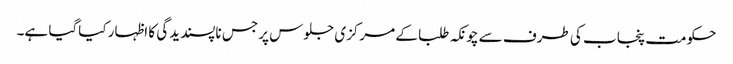
حکومت پنجاب کی طرف سے چونکہ طلبا کے مرکزی جلوس پر جس ناپسندیدگی کا اظہار کیاگیا ہے۔